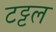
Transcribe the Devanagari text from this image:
टट्टल